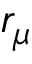
r _ { \mu }